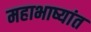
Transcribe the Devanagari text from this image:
महाभाष्यांत